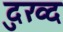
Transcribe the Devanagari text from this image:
दुख्द